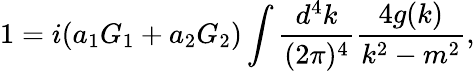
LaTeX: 1=i(a_{1}G_{1}+a_{2}G_{2})\int{\frac{d^{4}k}{(2\pi)^{4}}}{\frac{4g(k)}{k^{2}-m^{2}}},